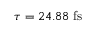
\tau = 2 4 . 8 8 \; \mathrm { f s }